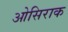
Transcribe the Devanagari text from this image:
ओसिराक